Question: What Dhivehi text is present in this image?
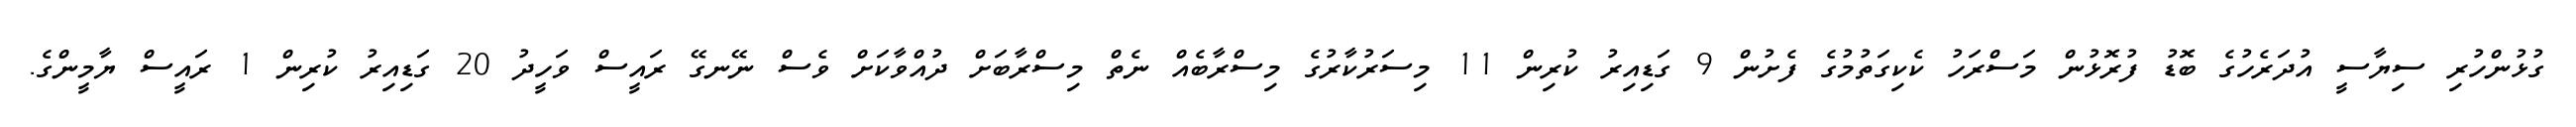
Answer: ގުޅުންހުރި ސިޔާސީ އުދަރެހުގެ ބޮޑު ފުރޮޅުން މަސްރަހު ކެކިގަތުމުގެ ފެށުން 9 ގަޑިއިރު ކުރިން 11 މިސަރުކާރުގެ މިސްރާބެއް ނެތް މިސްރާބަށް ދުއްވާކަށް ވެސް ނޭނގޭ ރައީސް ވަހީދު 20 ގަޑިއިރު ކުރިން 1 ރައީސް ޔާމީންގެ.